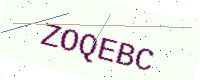
Text: ZOQEBC